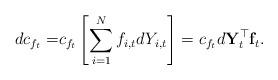
LaTeX: \begin{align*}dc_{f_t} = & c_{f_t} \left[\sum\limits_{i=1}^{N} f_{i,t}dY_{i,t} \right] = c_{f_t} d\mathbf{Y}_t^{\top}\mathbf{f}_t. \end{align*}